Indian journal of veterinary science and animal husbandry - Volume 12,
Year: 1942
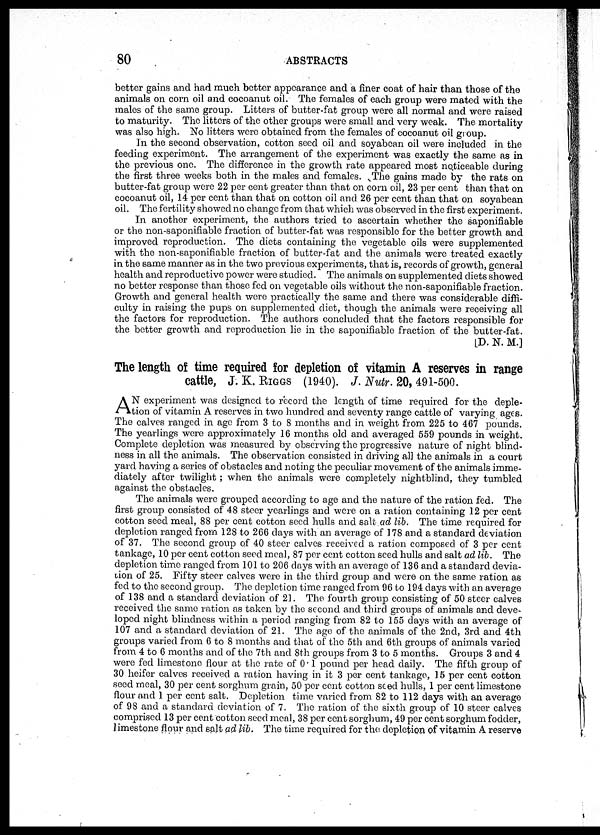
80
ABSTRACTS
better gains and had much better appearance and a finer coat of hair than those of the
animals on corn oil and cocoanut oil. The females of each group were mated with the
males of the same group. Litters of butter-fat group were all normal and were raised
to maturity. The litters of the other groups were small and very weak. The mortality
was also high. No litters were obtained from the females of cocoanut oil group.
In the second observation, cotton seed oil and soyabean oil were included in the
feeding experiment. The arrangement of the experiment was exactly the same as in
the previous one. The difference in the growth rate appeared most noticeable during
the first three weeks both in the males and females. The gains made by the rats on
butter-fat group were 22 per cent greater than that on corn oil, 23 per cent than that on
cocoanut oil, 14 per cent than that on cotton oil and 26 per cent than that on soyabean
oil. The fertility showed no change from that which was observed in the first experiment.
In another experiment, the authors tried to ascertain whether the saponifiable
or the non-saponifiable fraction of butter-fat was responsible for the better growth and
improved reproduction. The diets containing the vegetable oils were supplemented
with the non-saponifiable fraction of butter-fat and the animals were treated exactly
in the same manner as in the two previous experiments, that is, records of growth, general
health and reproductive power were studied. The animals on supplemented diets showed
no better response than those fed on vegetable oils without the non-saponifiable fraction.
Growth and general health were practically the same and there was considerable diffi-
culty in raising the pups on supplemented diet, though the animals were receiving all
the factors for reproduction. The authors concluded that the factors responsible for
the better growth and reproduction lie in the saponifiable fraction of the butter-fat.
[D. N. M.]
The length of time required for depletion of vitamin A reserves in range
cattle, J. K. RIGGS (1940). J. Nutr. 20, 491-500.
A N experiment was designed to record the length of time required for the deple-
tion of vitamin A reserves in two hundred and seventy range cattle of varying ages.
The calves ranged in age from 3 to 8 months and in. weight from 225 to 467 pounds.
The yearlings were approximately 16 months old and averaged 559 pounds in weight.
Complete depletion was measured by observing the progressive nature of night blind-
ness in all the animals. The observation consisted in driving all the animals in a court
yard having a series of obstacles and noting the peculiar movement of the animals imme-
diately after twilight; when the animals were completely nightblind, they tumbled
against the obstacles.
The animals were grouped according to age and the nature of the ration fed. The
first group consisted of 48 steer yearlings and were on a ration containing 12 per cent
cotton seed meal, 88 per cent cotton seed hulls and salt ad lib. The time required for
depletion ranged from 128 to 266 days with an average of 178 and a standard deviation
of 37. The second group of 40 steer calves received a ration composed of 3 per cent
tankage, 10 per cent cotton seed meal, 87 per cent cotton seed hulls and salt ad lib. The
depletion time ranged from 101 to 206 days with an average of 136 and a standard devia-
tion of 25. Fifty steer calves were in the third group and were on the same ration as
fed to the second group. The depletion time ranged from 96 to 194 days with an average
of 138 and a standard deviation of 21. The fourth group consisting of 50 steer calves
received the same ration as taken by the second and third groups of animals and deve-
loped night blindness within a period ranging from 82 to 155 days with an average of
107 and a standard deviation of 21. The age of the animals of the 2nd, 3rd and 4th
groups varied from 6 to 8 months and that of the 5th and 6th groups of animals varied
from 4 to 6 months and of the 7th and 8th groups from 3 to 5 months. Groups 3 and 4
were fed limestone flour at the rate of 0.1 pound per head daily. The fifth group of
30 heifer calves received a ration having in it 3 per cent tankage, 15 per cent cotton
seed meal, 30 per cent sorghum grain, 50 per cent cotton seed hulls, 1 per cent limestone
flour and 1 per cent salt. Depletion time varied from 82 to 112 days with an average
of 98 and a standard deviation of 7. The ration of the sixth group of 10 steer calves
comprised 13 per cent cotton seed meal, 38 per cent sorghum, 49 per cent sorghum fodder,
limestone flour and salt ad lib. The time required for the depletion of vitamin A reserve